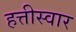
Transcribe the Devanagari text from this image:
हत्तीस्वार